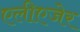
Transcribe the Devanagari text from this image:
एलीएजेर